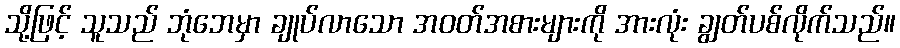
သို့ဖြင့် သူသည် ဘုံဘေမှာ ချုပ်လာသော အဝတ်အစားများကို အားလုံး ချွတ်ပစ်လိုက်သည်။